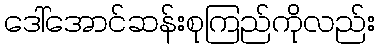
ဒေါ်အောင်ဆန်းစုကြည်ကိုလည်း